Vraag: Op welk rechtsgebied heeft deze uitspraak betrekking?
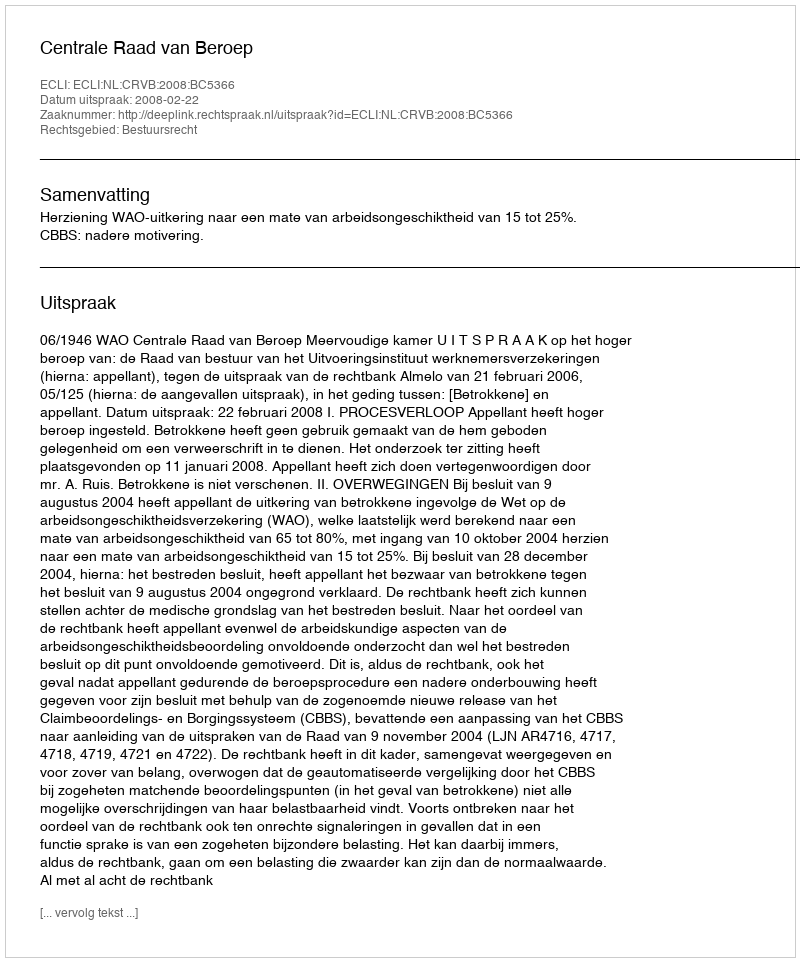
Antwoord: Bestuursrecht